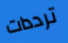
ترددات